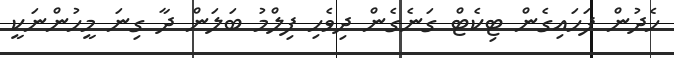
ހެދުން ފަހައިގެން ޓިކެޓް ގަނެގެން ދިވެހި ފިލްމު ބަލަން ދާ ގިނަ މީހުންނަކީ